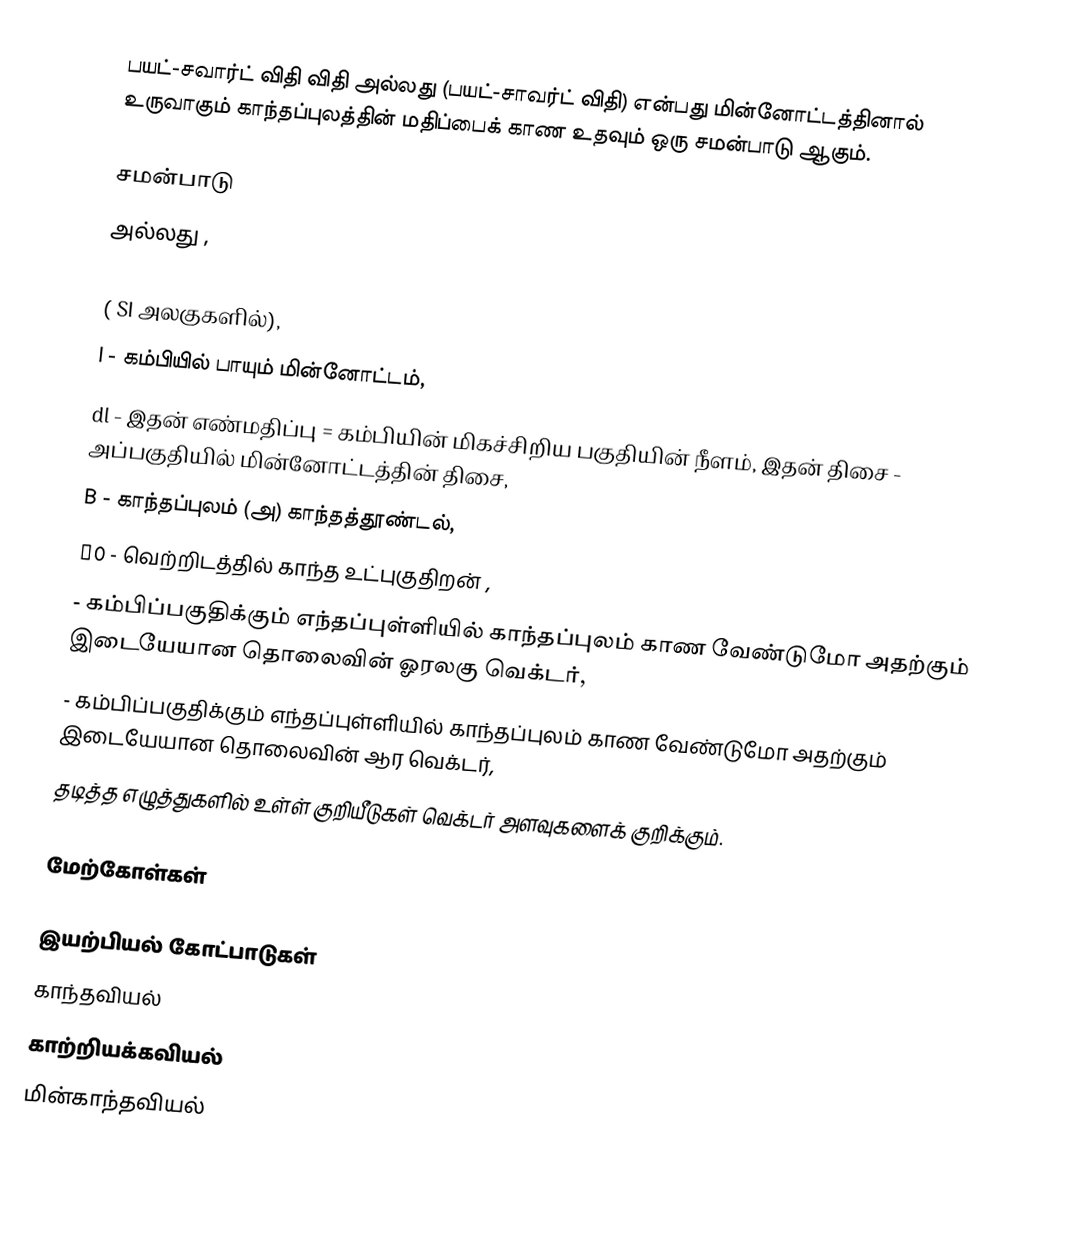
பயட்-சவார்ட் விதி விதி அல்லது (பயட்-சாவர்ட் விதி) என்பது மின்னோட்டத்தினால் உருவாகும் காந்தப்புலத்தின் மதிப்பைக் காண உதவும் ஒரு சமன்பாடு ஆகும்.

சமன்பாடு
 அல்லது ,

( SI அலகுகளில்),
I - கம்பியில் பாயும் மின்னோட்டம்,
dl - இதன் எண்மதிப்பு = கம்பியின் மிகச்சிறிய பகுதியின் நீளம், இதன் திசை - அப்பகுதியில் மின்னோட்டத்தின் திசை,
B  - காந்தப்புலம் (அ) காந்தத்தூண்டல்,
μ0 - வெற்றிடத்தில் காந்த உட்புகுதிறன் ,
 - கம்பிப்பகுதிக்கும் எந்தப்புள்ளியில் காந்தப்புலம் காண வேண்டுமோ அதற்கும் இடையேயான தொலைவின் ஓரலகு வெக்டர்,
 - கம்பிப்பகுதிக்கும் எந்தப்புள்ளியில் காந்தப்புலம் காண வேண்டுமோ அதற்கும் இடையேயான தொலைவின் ஆர வெக்டர்,
 தடித்த எழுத்துகளில் உள்ள் குறியீடுகள் வெக்டர் அளவுகளைக் குறிக்கும்.

மேற்கோள்கள்

இயற்பியல் கோட்பாடுகள்
காந்தவியல்
காற்றியக்கவியல்
மின்காந்தவியல்